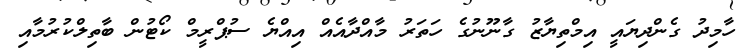
ހާމިދު ގެންދިޔައީ އިމްތިޔާޒު ގާނޫނުގެ ހަތަރު މާއްދާއެއް އިއްޔެ ސުޕްރީމް ކޯޓުން ބާތިލްކުރުމާއި